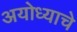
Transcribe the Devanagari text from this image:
अयोध्याचे